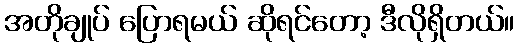
အတိုချုပ် ပြောရမယ် ဆိုရင်တော့ ဒီလိုရှိတယ်။